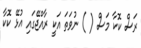
ރަސް ކޮކާ މަސް ( ) ނުވަތަ އަކީ ރާއްޖޭގައި އުޅޭ ކޮކާ